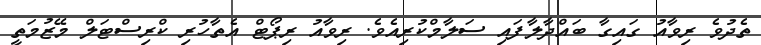
ތެދުވެ ރިވާއު ގައިގާ ބައްދާލާފައި ސަލާމްކުރިއެވެ. ރިވާއު ރިޕޯޓް އެތާހުރި ކްރިސްޓަލް މޭޒުމަތީ